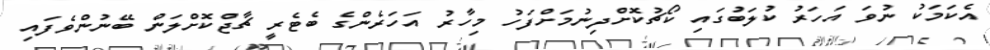
އެކަމަކު ނުވަ އަަހަރު ކުލަބުގައި ކޯޗުކޮށްދިނުމަށްފަހު މިހާރު އަހަރެންގެ ބެޓެރީ ޗާޖްކޮށްލަން ބޭނުންވެފައި